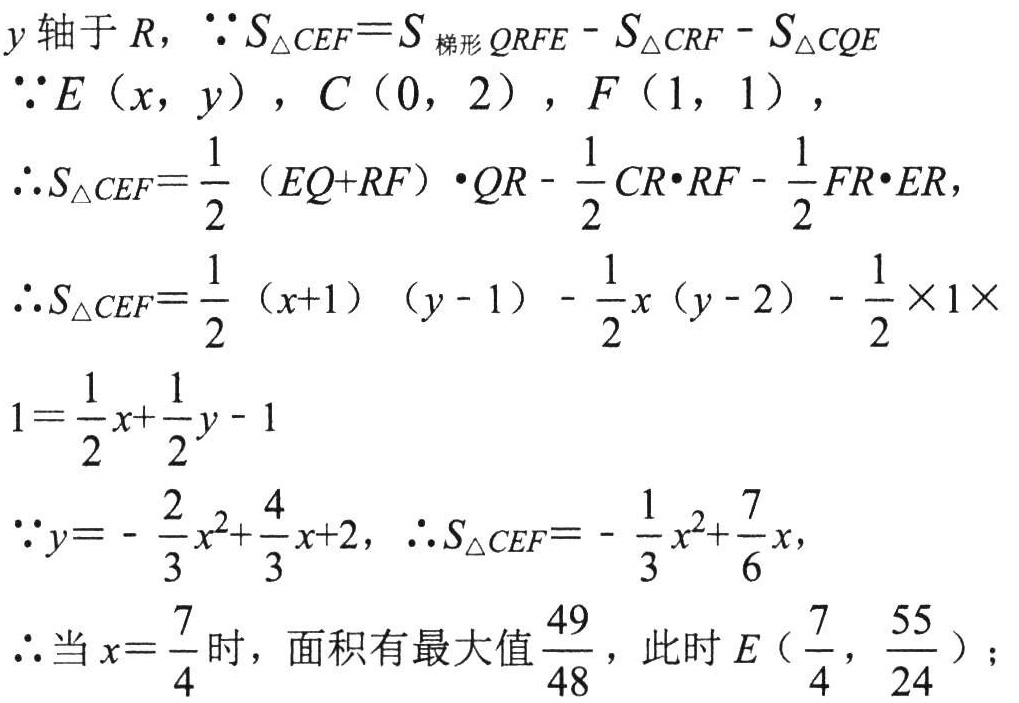
\(y\)轴于\(R\)，\(\because S_{\triangle CEF}=S_{梯形QRFE}-S_{\triangle CRF}-S_{\triangle CQE}\)
\(\because E\ (x,y)\)，\(C\ (0,2)\)，\(F\ (1,1)\)，
\(\therefore S_{\triangle CEF}=\dfrac{1}{2}\ (EQ + RF)\cdot QR-\dfrac{1}{2}CR\cdot RF-\dfrac{1}{2}FR\cdot ER\)，
\(\therefore S_{\triangle CEF}=\dfrac{1}{2}\ (x + 1)\ (y - 1)-\dfrac{1}{2}x(y - 2)-\dfrac{1}{2}\times1\times\)
\(1=\dfrac{1}{2}x+\dfrac{1}{2}y - 1\)
\(\because y=-\dfrac{2}{3}x^{2}+\dfrac{4}{3}x + 2\)，\(\therefore S_{\triangle CEF}=-\dfrac{1}{3}x^{2}+\dfrac{7}{6}x\)，
\(\therefore\)当\(x = \dfrac{7}{4}\)时，面积有最大值\(\dfrac{49}{48}\)，此时\(E\left(\dfrac{7}{4},\dfrac{55}{24}\right)\)；